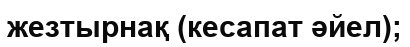
жезтырнақ (кесапат әйел);